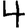
Digit: 4